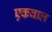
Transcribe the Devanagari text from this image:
एकवाल